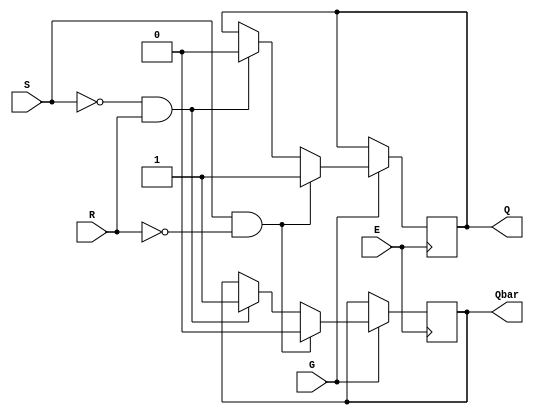
module GatedSRLatch (
    input S, R, G, E,
    output reg Q, Qbar
);

always @(posedge E) begin
    if (G) begin
        if (S && !R) begin
            Q <= 1'b1;
            Qbar <= 1'b0;
        end
        else if (!S && R) begin
            Q <= 1'b0;
            Qbar <= 1'b1;
        end
    end 
end

endmodule